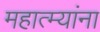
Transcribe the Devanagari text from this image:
महात्म्यांना